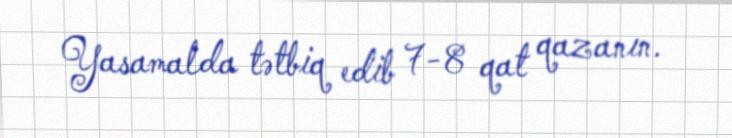
Yasamalda tətbiq edib 7-8 qat qazanın.